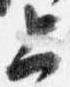
上